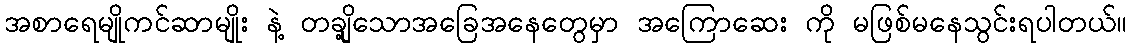
အစာရေမျိုကင်ဆာမျိုး နဲ့ တချို့သောအခြေအနေတွေမှာ အကြောဆေး ကို မဖြစ်မနေသွင်းရပါတယ်။